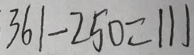
3 6 1 - 2 5 0 = 1 1 1